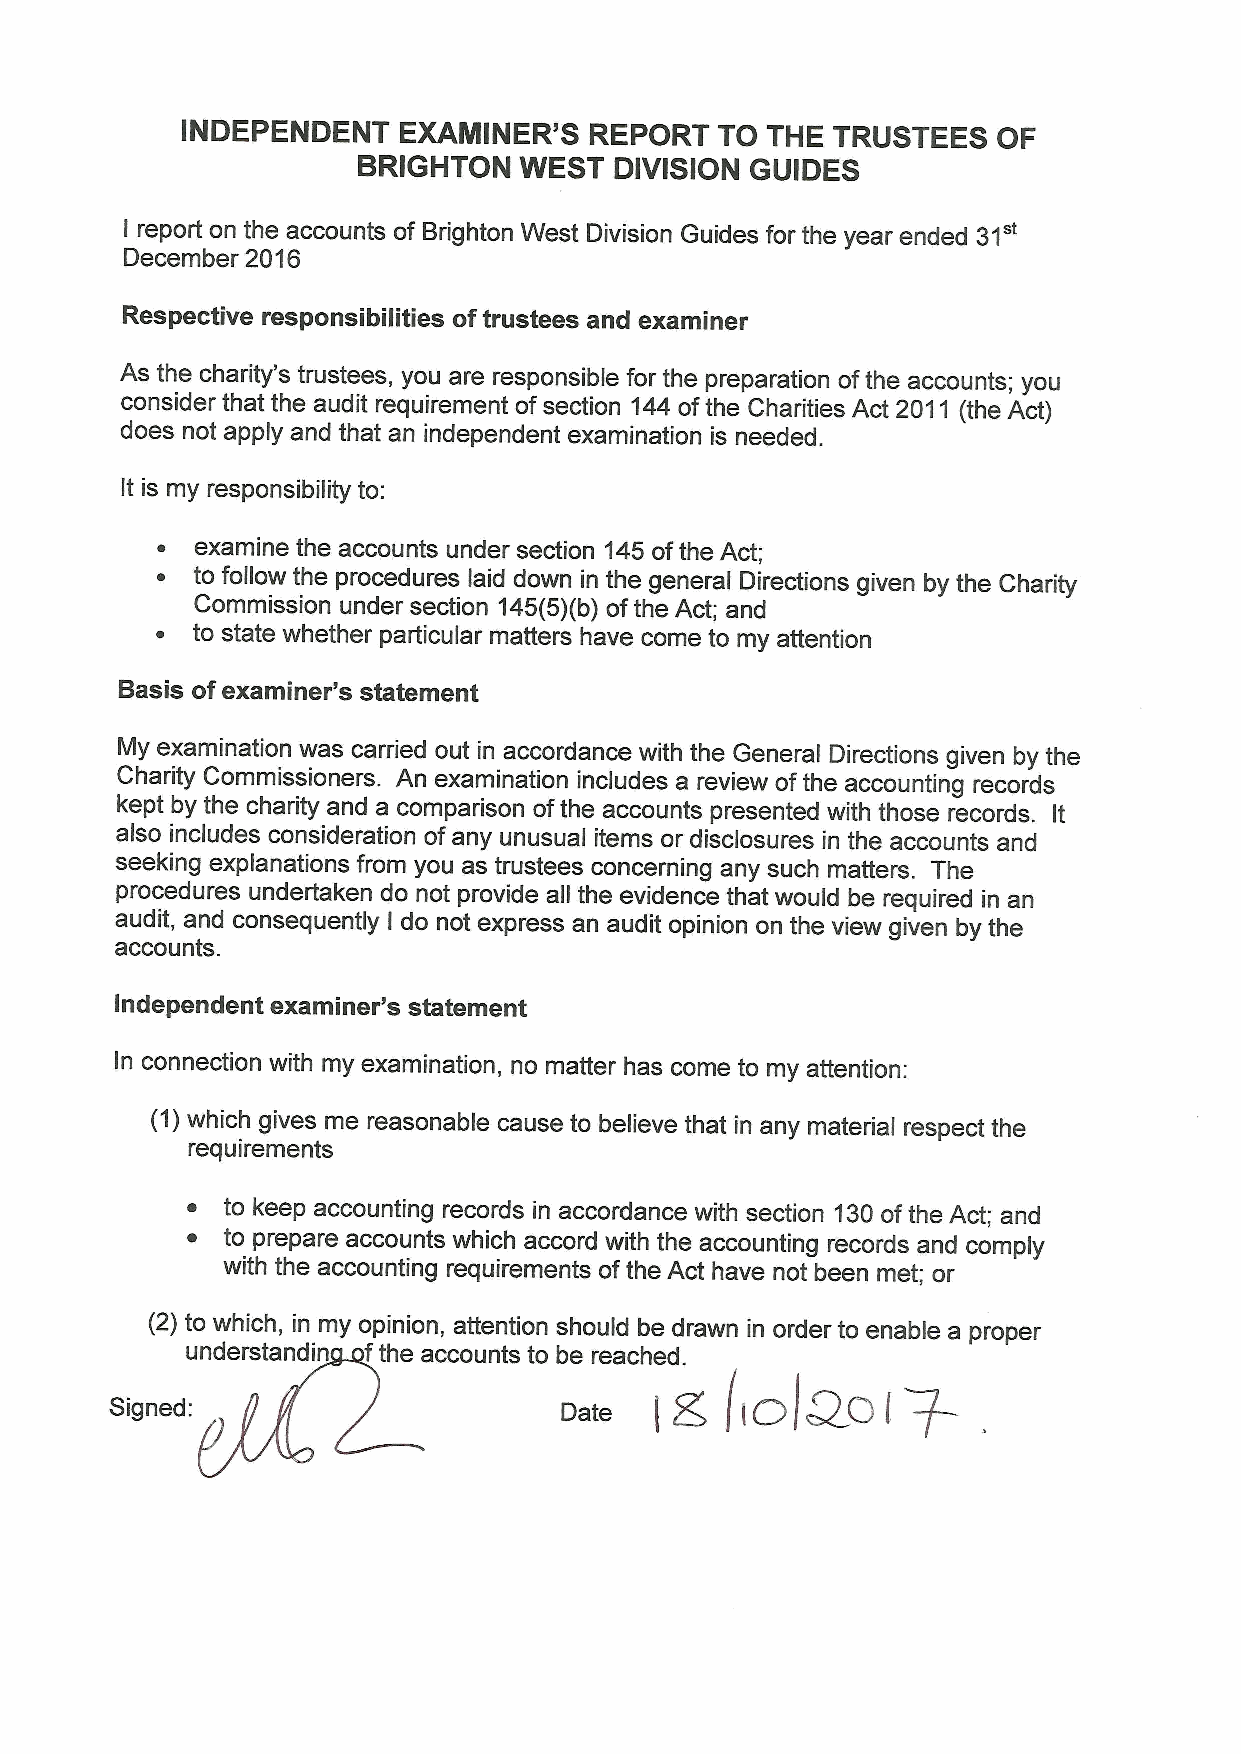
INDEPENDENT   EXAMINER'S   REPORT   TO THE TRUSTEES   OF
 BRIGHTON  WEST   DIVISION GUIDES
 I report on the accounts of Brighton West Division Guides for the year ended 31"
 December 2016
 Respective responsibilities oftrustees and examiner
 As the charity's trustees, you are responsible for the preparation ofthe accounts; you
 consider that the audit requirement ofsection 144 ofthe Charities Act 2011 (the Act)
 does not apply and that an independent examination is needed.
 It is my responsibility to:
 ~  examine the accounts under section 145ofthe Act;
 ~  to follow the procedures laid down in the general Directions given by the Charity
 Commission under section 145(5)(b)ofthe Act; and
 to state whether particular matters have come to my attention
 Basis ofexaminer's statement
 My examination was carried out in accordance with the General Directions given by the
 Charity Commissioners. An examination includes a review ofthe accounting records
 kept by the charity and a comparison ofthe accounts presented with those records. It
 also includes consideration ofany unusual items or disclosures in the accounts and
 seeking explanations from you as trustees concerning any such matters. The
 procedures undertaken do not provide all the evidence that would be required in an
 audit, and consequently I do not express an audit opinion on the view given by the
 accounts.
 Independent examiner's statement
 In connection with my examination, no matter has come to my attention:
 (1)which gives me reasonable cause to believe that in any material respect the
 requirements
 ~  to keep accounting records in accordance with section 130ofthe Act; and
 ~  to prepare accounts which accord with the accounting records and comply
 with the accounting requirements ofthe Act have noi been met; or
 (2) to which, in my opinion, attention should be drawn in order to enable a proper
 understandin fthe accounts to be reached.
 +
 Signed:                       o8~8   g,   ic& QO(
 I